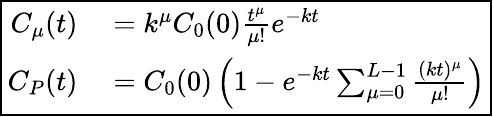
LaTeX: \boxed{\begin{array}{rl}{C_{\mu}(t)}&{{}=k^{\mu}C_{0}(0)\frac{t^{\mu}}{\mu!}e^{-kt}}\\ {C_{P}(t)}&{{}=C_{0}(0)\left(1-e^{-kt}\sum_{\mu=0}^{L-1}\frac{(kt)^{\mu}}{\mu!}\right)}\end{array}}